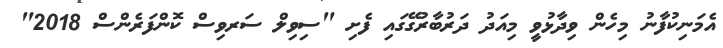
އެމަނިކުފާނު މިހެން ވިދާޅުވީ މިއަދު ދަރުބާރުގޭގައި ފެށި "ސިވިލް ސަރވިސް ކޮންފަރެންސް 2018"